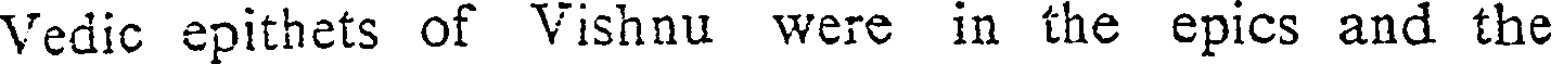
Vedic epithets of Vishnu were in the epics and the